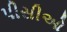
પીસીઓ